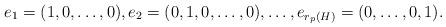
LaTeX: \begin{align*}e_1 = (1,0,\ldots,0), e_2 = (0,1,0,\ldots,0),\ldots, e_{r_p(H)} = (0,\ldots, 0,1).\end{align*}